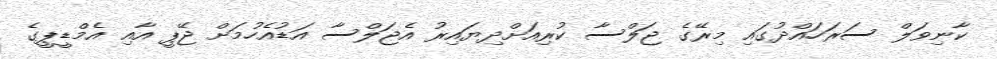
ކާނިވަލް ސަރަހައްދުގައި މިރޭގެ ޖަލްސާ ކުރިއަށްދިޔައިރު އެޖަލްސާ އަޑުއެހުމަށް ޖޭޕީ އާއި އެމްޑީޕީގެ